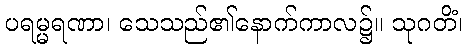
ပရမ္မရဏာ၊ သေသည်၏နောက်ကာလ၌။ သုဂတိံ၊